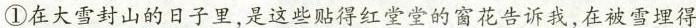
①在大雪封山的日子里，是这些贴得红堂堂的窗花告诉我，在被雪埋得